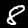
Digit: 8